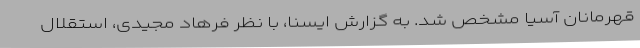
قهرمانان آسیا مشخص شد. به گزارش ایسنا، با نظر فرهاد مجیدی، استقلال